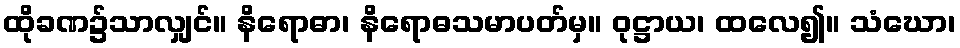
ထိုခဏ၌သာလျှင်။ နိရောဓာ၊ နိရောဓသမာပတ်မှ။ ဝုဋ္ဌာယ၊ ထလေ၍။ သံဃော၊